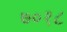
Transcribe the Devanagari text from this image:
७०१८